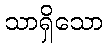
သာရှိသော